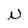
Character: n